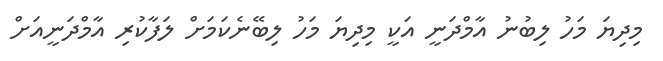
މިދިޔަ މަހު ލިބުނު އާމްދަނީ އަކީ މިދިޔަ މަހު ލިބޭނެކަމަށް ލަފާކުރި އާމްދަނީއަށް